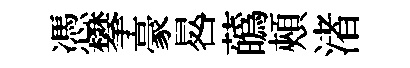
憑攀豪晷蘤頰渚